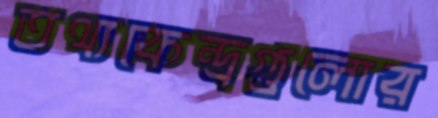
তথ্যকেন্দ্রগুলোর